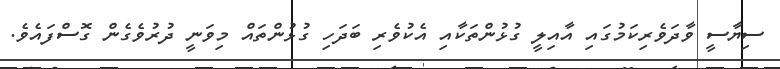
ސިޔާސީ ވާދަވެރިކަމުގައި އާއިލީ ގުޅުންތަކާއި އެކުވެރި ބަދަހި ގުޅުންތައް މިވަނީ ދުރުވެގެން ގޮސްފައެވެ.